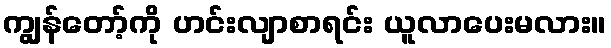
ကျွန်တော့်ကို ဟင်းလျာစာရင်း ယူလာပေးမလား။